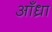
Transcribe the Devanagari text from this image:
आँध्रा